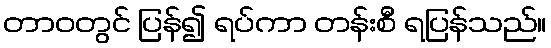
တာဝတွင် ပြန်၍ ရပ်ကာ တန်းစီ ရပြန်သည်။